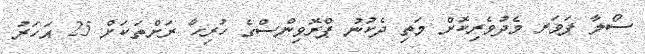
ސޯލާ ޕަވަރ މެދުވެރިކޮށް މަތި ދެކުނު ޕްރޮވިންސްގެ ހުރިހާ ރަށްތަކަށް 25 އަހަރު